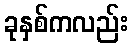
ခုနှစ်ကလည်း